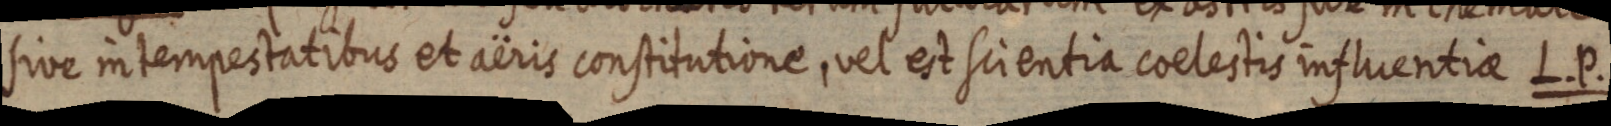
sive in tempestatibus et aëris constitutione, vel est scientia coelestis influentiae L. P.